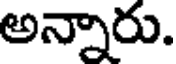
అన్నారు.